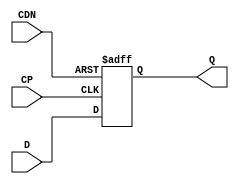
// This program was cloned from: https://github.com/TILOS-AI-Institute/MacroPlacement
// License: BSD 3-Clause "New" or "Revised" License

// ================================================================
// NVDLA Open Source Project
//
// Copyright(c) 2016 - 2017 NVIDIA Corporation. Licensed under the
// NVDLA Open Hardware License; Check "LICENSE" which comes with
// this distribution for more information.
// ================================================================
module PGAOPV_DFCNQD2PO4 (
  D
 ,CP
 ,CDN
 ,Q
 );
//---------------------------------------
//IO DECLARATIONS
input D ;
input CP ;
input CDN ;
output Q ;
reg Q;
always @(posedge CP or negedge CDN)
begin
    if(~CDN)
        Q <= 1'b0;
    else
        Q <= D;
end
endmodule